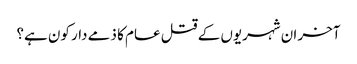
آخر ان شہریوں کے قتل عام کا ذمے دار کون ہے؟